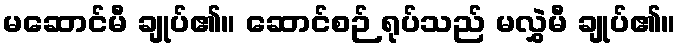
မဆောင်မီ ချုပ်၏။ ဆောင်စဉ် ရုပ်သည် မလွှဲမီ ချုပ်၏။